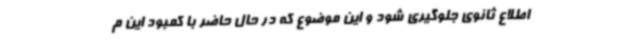
اطلاع ثانوی جلوگیری شود و این موضوع که در حال حاضر با کمبود این م